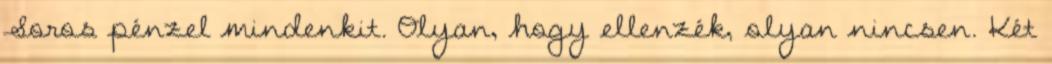
Soros pénzel mindenkit. Olyan, hogy ellenzék, olyan nincsen. Két